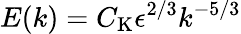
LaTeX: E(k)=C_{\mathrm{K}}\epsilon^{2/3}k^{-5/3}